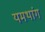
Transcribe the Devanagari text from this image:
यमथांग